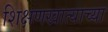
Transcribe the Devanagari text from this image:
शिक्षणखात्याच्या